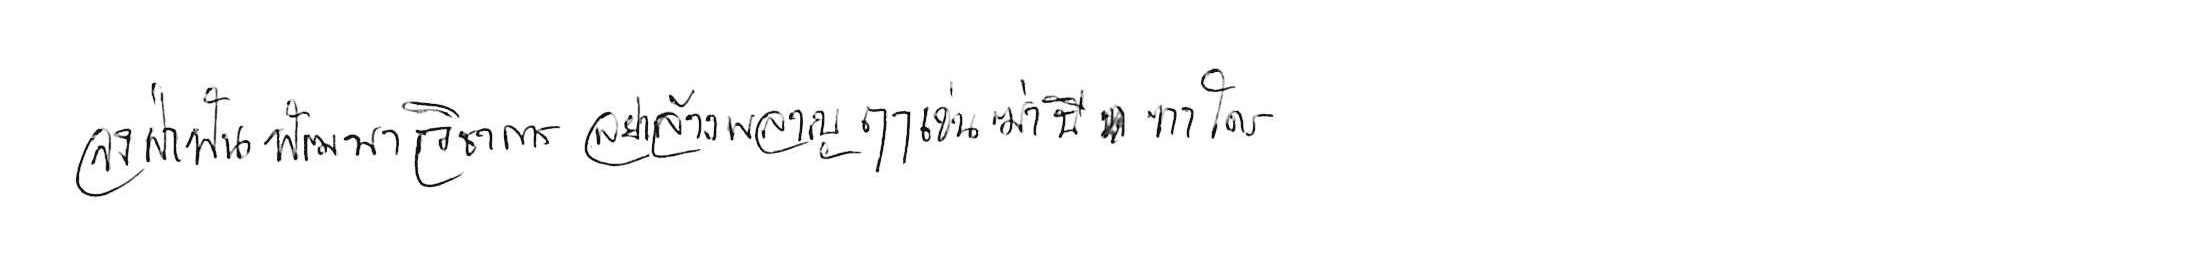
จงฝ่าฟันพัฒนาวิชาการ อย่าล้างผลาญฤๅเข่นฆ่าบีฑาใคร